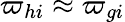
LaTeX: \varpi_{hi}\approx\varpi_{gi}